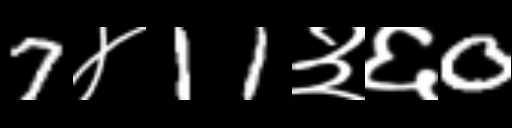
Text: 7४11३६0